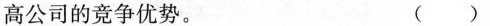
高公司的竞争优势。 ()